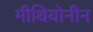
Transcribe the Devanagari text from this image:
मीथियोनीन